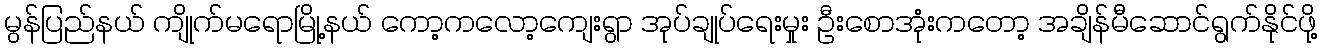
မွန်ပြည်နယ် ကျိုက်မရောမြို့နယ် ကော့ကလော့ကျေးရွာ အုပ်ချုပ်ရေးမှုး ဦးစောအုံးကတော့ အချိန်မီဆောင်ရွက်နိုင်ဖို့